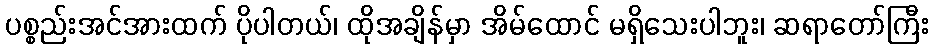
ပစ္စည်းအင်အားထက် ပိုပါတယ်၊ ထိုအချိန်မှာ အိမ်ထောင် မရှိသေးပါဘူး၊ ဆရာတော်ကြီး